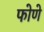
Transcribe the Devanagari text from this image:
फोणे